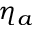
\eta _ { a }